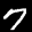
Label: 7